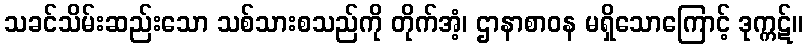
သခင်သိမ်းဆည်းသော သစ်သားစသည်ကို တိုက်အံ့၊ ဌာနာစာဝန မရှိသောကြောင့် ဒုက္ကဋ်။